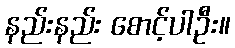
နည်းနည်း စောင့်ပါဦး။